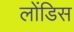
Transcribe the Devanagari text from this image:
लोंडिस